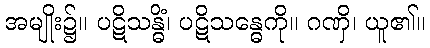
အမျိုး၌။ ပဋိသန္ဓိံ၊ ပဋိသန္ဓေကို။ ဂဏှိ၊ ယူ၏။